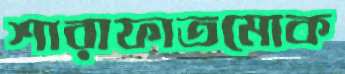
শারাফাতমোক